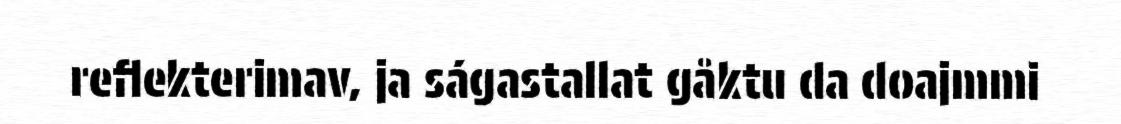
reflekterimav, ja ságastallat gåktu da doajmmi